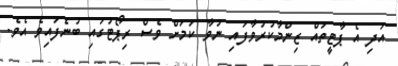
އަދި އެ ޕާޓީތައް ޒިންމާކުރުވާފައި ނުވާ ކަމަށް ވެސް ރިޕޯޓުގައި ބުނެފައިވެ އެވެ.